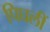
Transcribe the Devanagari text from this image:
पिघलीं